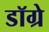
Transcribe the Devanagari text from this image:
डॉग्रे